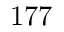
1 7 7